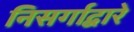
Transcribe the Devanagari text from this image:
निसर्गाद्वारे